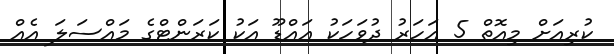
ކުރިއަށް މިއޮތް 5 އަހަރު ދުވަހަކު އައްޑޫ އަކު ކަރަންޓްގެ މައްސަލަ އެއް